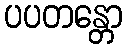
ပပတန္တော